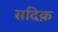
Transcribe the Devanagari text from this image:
सदिक़